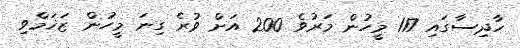
ހާދިސާގައި 117 މީހުން މަރުވެ 200 އަށް ވުރެ ގިނަ މީހުން ޒަޚަމްވި